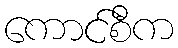
ကောင်စီက